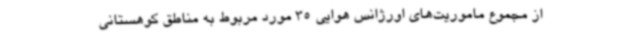
از مجموع ماموریت‌های اورژانس هوایی 35 مورد مربوط به مناطق کوهستانی